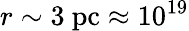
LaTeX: r\sim 3~\mathrm{pc}\approx 10^{19}